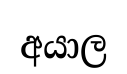
අයාල